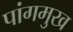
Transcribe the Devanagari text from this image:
पांगमुख